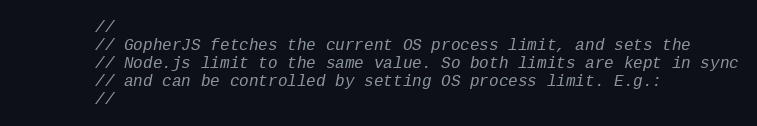
Language: Go
		//
		// GopherJS fetches the current OS process limit, and sets the
		// Node.js limit to the same value. So both limits are kept in sync
		// and can be controlled by setting OS process limit. E.g.:
		//